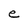
Character: e